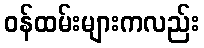
ဝန်ထမ်းများကလည်း